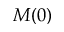
M ( 0 )